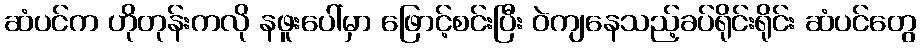
ဆံပင်က ဟိုတုန်းကလို နဖူးပေါ်မှာ ဖြောင့်စင်းပြီး ဝဲကျနေသည့်ခပ်ရိုင်းရိုင်း ဆံပင်တွေ